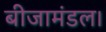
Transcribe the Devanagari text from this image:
बीजामंडल।